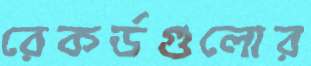
রেকর্ডগুলোর